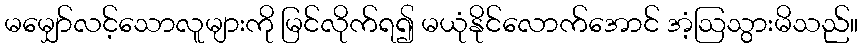
မမျှော်လင့်သောလူများကို မြင်လိုက်ရ၍ မယုံနိုင်လောက်အောင် အံ့ဩသွားမိသည်။